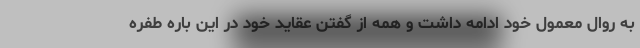
به روال معمول خود ادامه داشت و همه از گفتن عقاید خود در این باره طفره